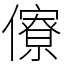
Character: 𠐟